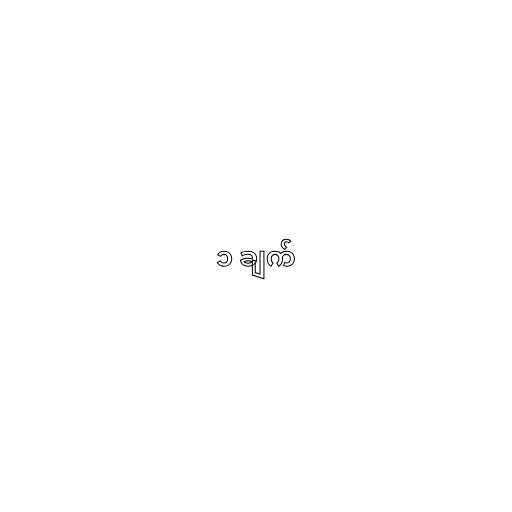
၁ ချက်